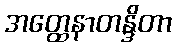
အတ္ထေနာတန္ဒိတာ